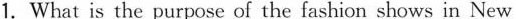
1.What is the purpose of the fashion shows in New